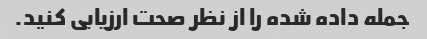
جمله داده شده را از نظر صحت ارزیابی کنید.